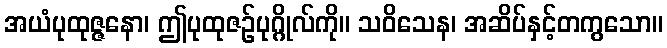
အယံပုထုဇ္ဇနော၊ ဤပုထုဇဉ်ပုဂ္ဂိုလ်ကို။ သဝိသေန၊ အဆိပ်နှင့်တကွသော။